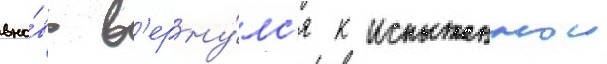
вно́вь в'ерну́лс'я к испытаннои